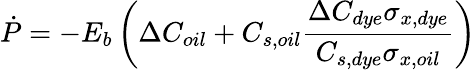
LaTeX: \dot{P}=-E_{b}\left(\Delta C_{oil}+C_{s,oil}\frac{\Delta C_{dye}\sigma_{x,dye}}{C_{s,dye}\sigma_{x,oil}}\right)